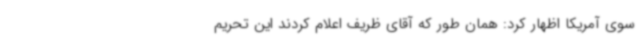
سوی آمریکا اظهار کرد: همان طور که آقای ظریف اعلام کردند این تحریم